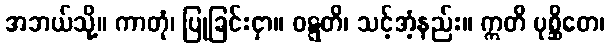
အဘယ်သို့။ ကာတုံ၊ ပြုခြင်းငှာ။ ဝဋ္ဋတိ၊ သင့်အံ့နည်း။ ဣတိ ပုစ္ဆိတေ၊